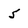
Character: 5